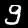
Label: 9